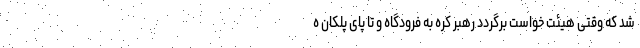
شد که وقتی هیئت خواست برگردد رهبر کره به فرودگاه و تا پای پلکان ه